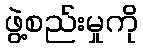
ဖွဲ့စည်းမှုကို